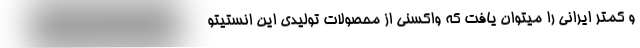
و کمتر ایرانی را میتوان یافت که واکسنی از محصولات تولیدی این انستیتو